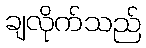
ချလိုက်သည်